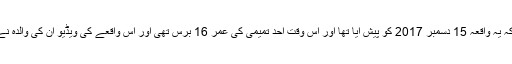
خیال رہے کہ یہ واقعہ 15 دسمبر 2017 کو پیش آیا تھا اور اس وقت احد تمیمی کی عمر 16 برس تھی اور اس واقعے کی ویڈیو ان کی والدہ نے بنائی تھی۔